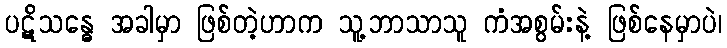
ပဋိသန္ဓေ အခါမှာ ဖြစ်တဲ့ဟာက သူ့ဘာသာသူ ကံအစွမ်းနဲ့ ဖြစ်နေမှာပဲ၊